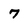
Character: 7